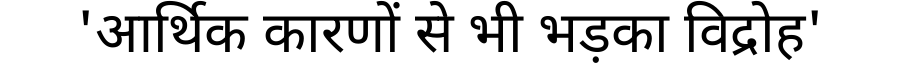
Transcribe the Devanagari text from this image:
'आर्थिक कारणों से भी भड़का विद्रोह'